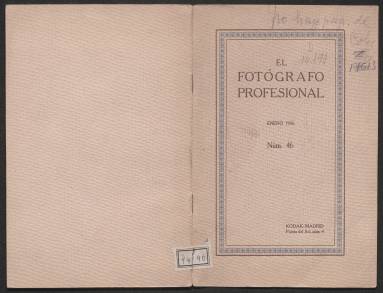
Título: El fotógrafo profesional
Colección: Fotografía
Ámbito geográfico: Madrid
Lugar de publicación: Madrid
Fechas: 01/01/1926-31/08/1930